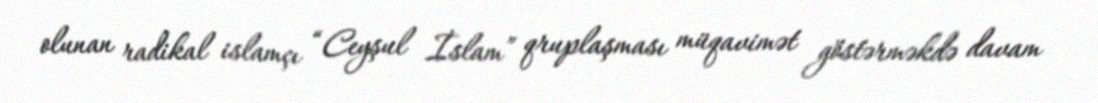
olunan radikal islamçı “Ceyşul İslam” qruplaşması müqavimət göstərməkdə davam